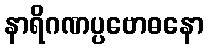
နာရိဂဏပ္ပဗောဓနော